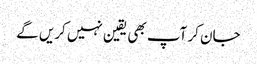
جان کر آپ بھی یقین نہیں کریں گے